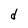
Character: d